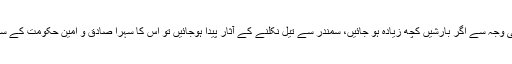
ماحولیاتی تبدیلیوں کی وجہ سے اگر بارشیں کچھ زیادہ ہو جائیں، سمندر سے تیل نکلنے کے آثار پیدا ہوجائیں تو اس کا سہرا صادق و امین حکومت کے سر جانا ضروری ہے۔